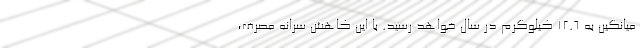
میانگین به ۱۲.۶ کیلوگرم در سال خواهد رسید. با این کاهش سرانه مصرف،